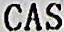
CASH